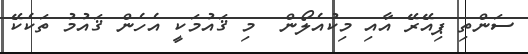
ސަންތި ޕިއޭރޭ އާއި މިކުއެލޯން  މި ޤައުމަކީ އެހެން ޤައުމު ތަކެކޭ